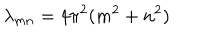
LaTeX: \lambda _ { m n } = 4 \pi ^ { 2 } ( m ^ { 2 } + n ^ { 2 } )